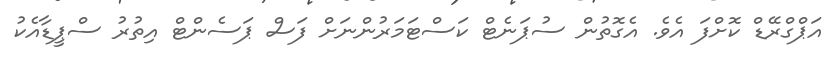
އަޕްގްރޭޑް ކޮށްފަ އެވެ. އެގޮތުން ސުޕަނެޓް ކަސްޓަމަރުންނަށް ފަސް ޕަސެންޓް އިތުރު ސްޕީޑާއެކު